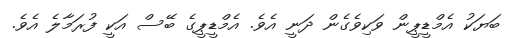
ބަޔަކު އެމްޑީޕީން ވަކިވެގެން ދަނީ އެވެ. އެމްޑީޕީގެ ބޭސް އަކީ ފުރަމާލެ އެވެ.